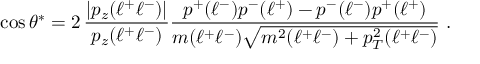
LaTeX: \cos \theta ^ { * } = 2 \, { \frac { | p _ { z } ( \ell ^ { + } \ell ^ { - } ) | } { p _ { z } ( \ell ^ { + } \ell ^ { - } ) } } { \frac { p ^ { + } ( \ell ^ { - } ) p ^ { - } ( \ell ^ { + } ) - p ^ { - } ( \ell ^ { - } ) p ^ { + } ( \ell ^ { + } ) } { m ( \ell ^ { + } \ell ^ { - } ) \sqrt { m ^ { 2 } ( \ell ^ { + } \ell ^ { - } ) + p _ { T } ^ { 2 } ( \ell ^ { + } \ell ^ { - } ) } } } ~ .